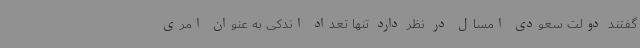
گفتند دولت سعودی امسال در نظر دارد تنها تعداد اندکی به عنوان امری